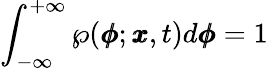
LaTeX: \int_{-\infty}^{+\infty}\wp(\pmb{\phi};\pmb{x},t)d\pmb{\phi}=1